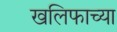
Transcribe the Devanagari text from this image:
खलिफाच्या